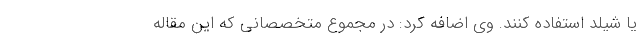
یا شیلد استفاده کنند. وی اضافه کرد: در مجموع متخصصانی که این مقاله